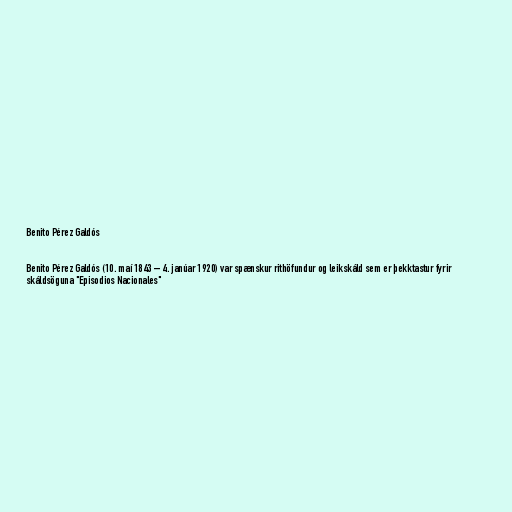
Benito Pérez Galdós

Benito Pérez Galdós (10. maí 1843 – 4. janúar 1920) var spænskur rithöfundur og leikskáld sem er þekktastur fyrir
skáldsöguna "Episodios Nacionales"